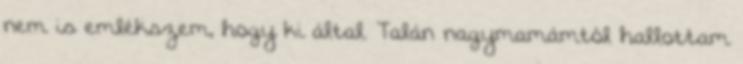
nem is emlékszem, hogy ki által. Talán nagymamámtól hallottam